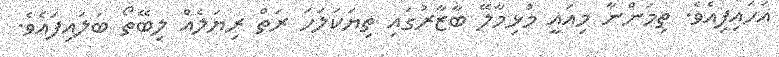
އަހައިފިއެވެ. ތިމަންނާ މިއައީ މުޅިމާލޭ ބާޒާރުގައި ތިޔަކަލަހަ ރަތް ރިޔަލެއް ލިބޭތޯ ބަލައިފައެވެ.